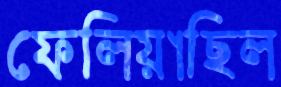
ফেলিয়াছিল